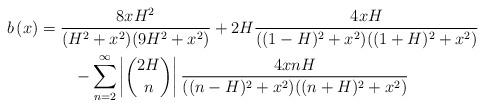
LaTeX: \begin{align*}\begin{gathered}b\left(x\right)=\frac{8 x H^2}{(H^2+x^2)(9 H^2+ x^2)}+2H\frac{4x H}{((1-H)^2+x^2)((1+H)^2+x^2)}\\-\sum_{n=2}^{\infty}\left|\binom{2 H}{n}\right|\frac{4x n H}{((n-H)^2+x^2)((n+H)^2+x^2)}\end{gathered}\end{align*}